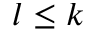
l \leq k